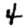
Digit: 4